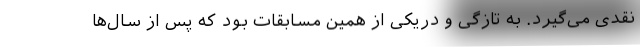
نقدی می‌گیرد. به تازگی و دریکی از همین مسابقات بود که پس از سال‌ها